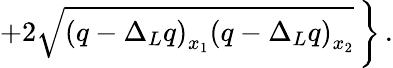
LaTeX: \left.+2\sqrt{\left(q-\Delta_{L}q\right)_{x_{1}}\left(q-\Delta_{L}q\right)_{x_{2}}}\, \right\} \, .